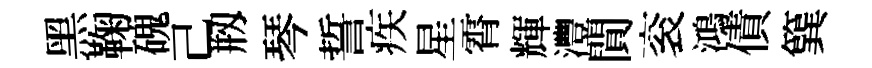
黑鞠磈己剏琴誓疾星霄輝灃閴衮鴻債簨